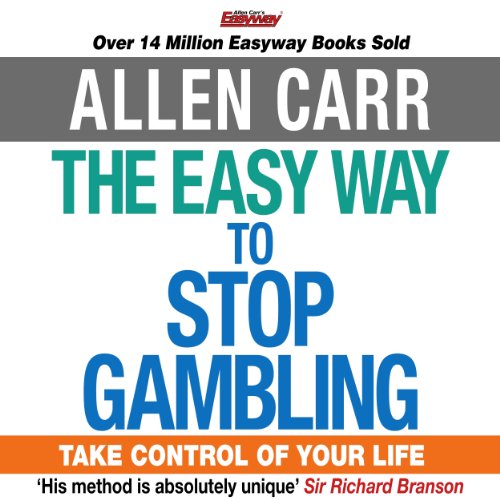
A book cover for The Easy Way to Stop Gambling; Allen Carr; Health, Fitness & Dieting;